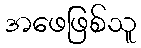
အဖေဖြစ်သူ